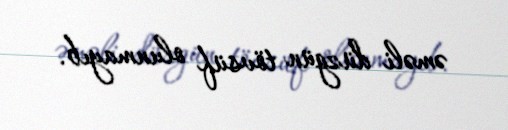
əməli düzgün tövsüf olunmayıb.